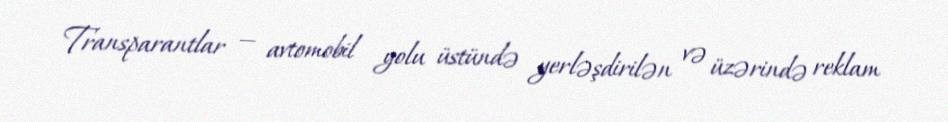
Transparantlar — avtomobil yolu üstündə yerləşdirilən və üzərində reklam